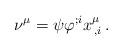
LaTeX: \begin{align*}\nu^\mu=\psi \varphi^{;i} x^\mu_{\, ,i}\, .\end{align*}